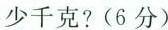
少千克?(6分)